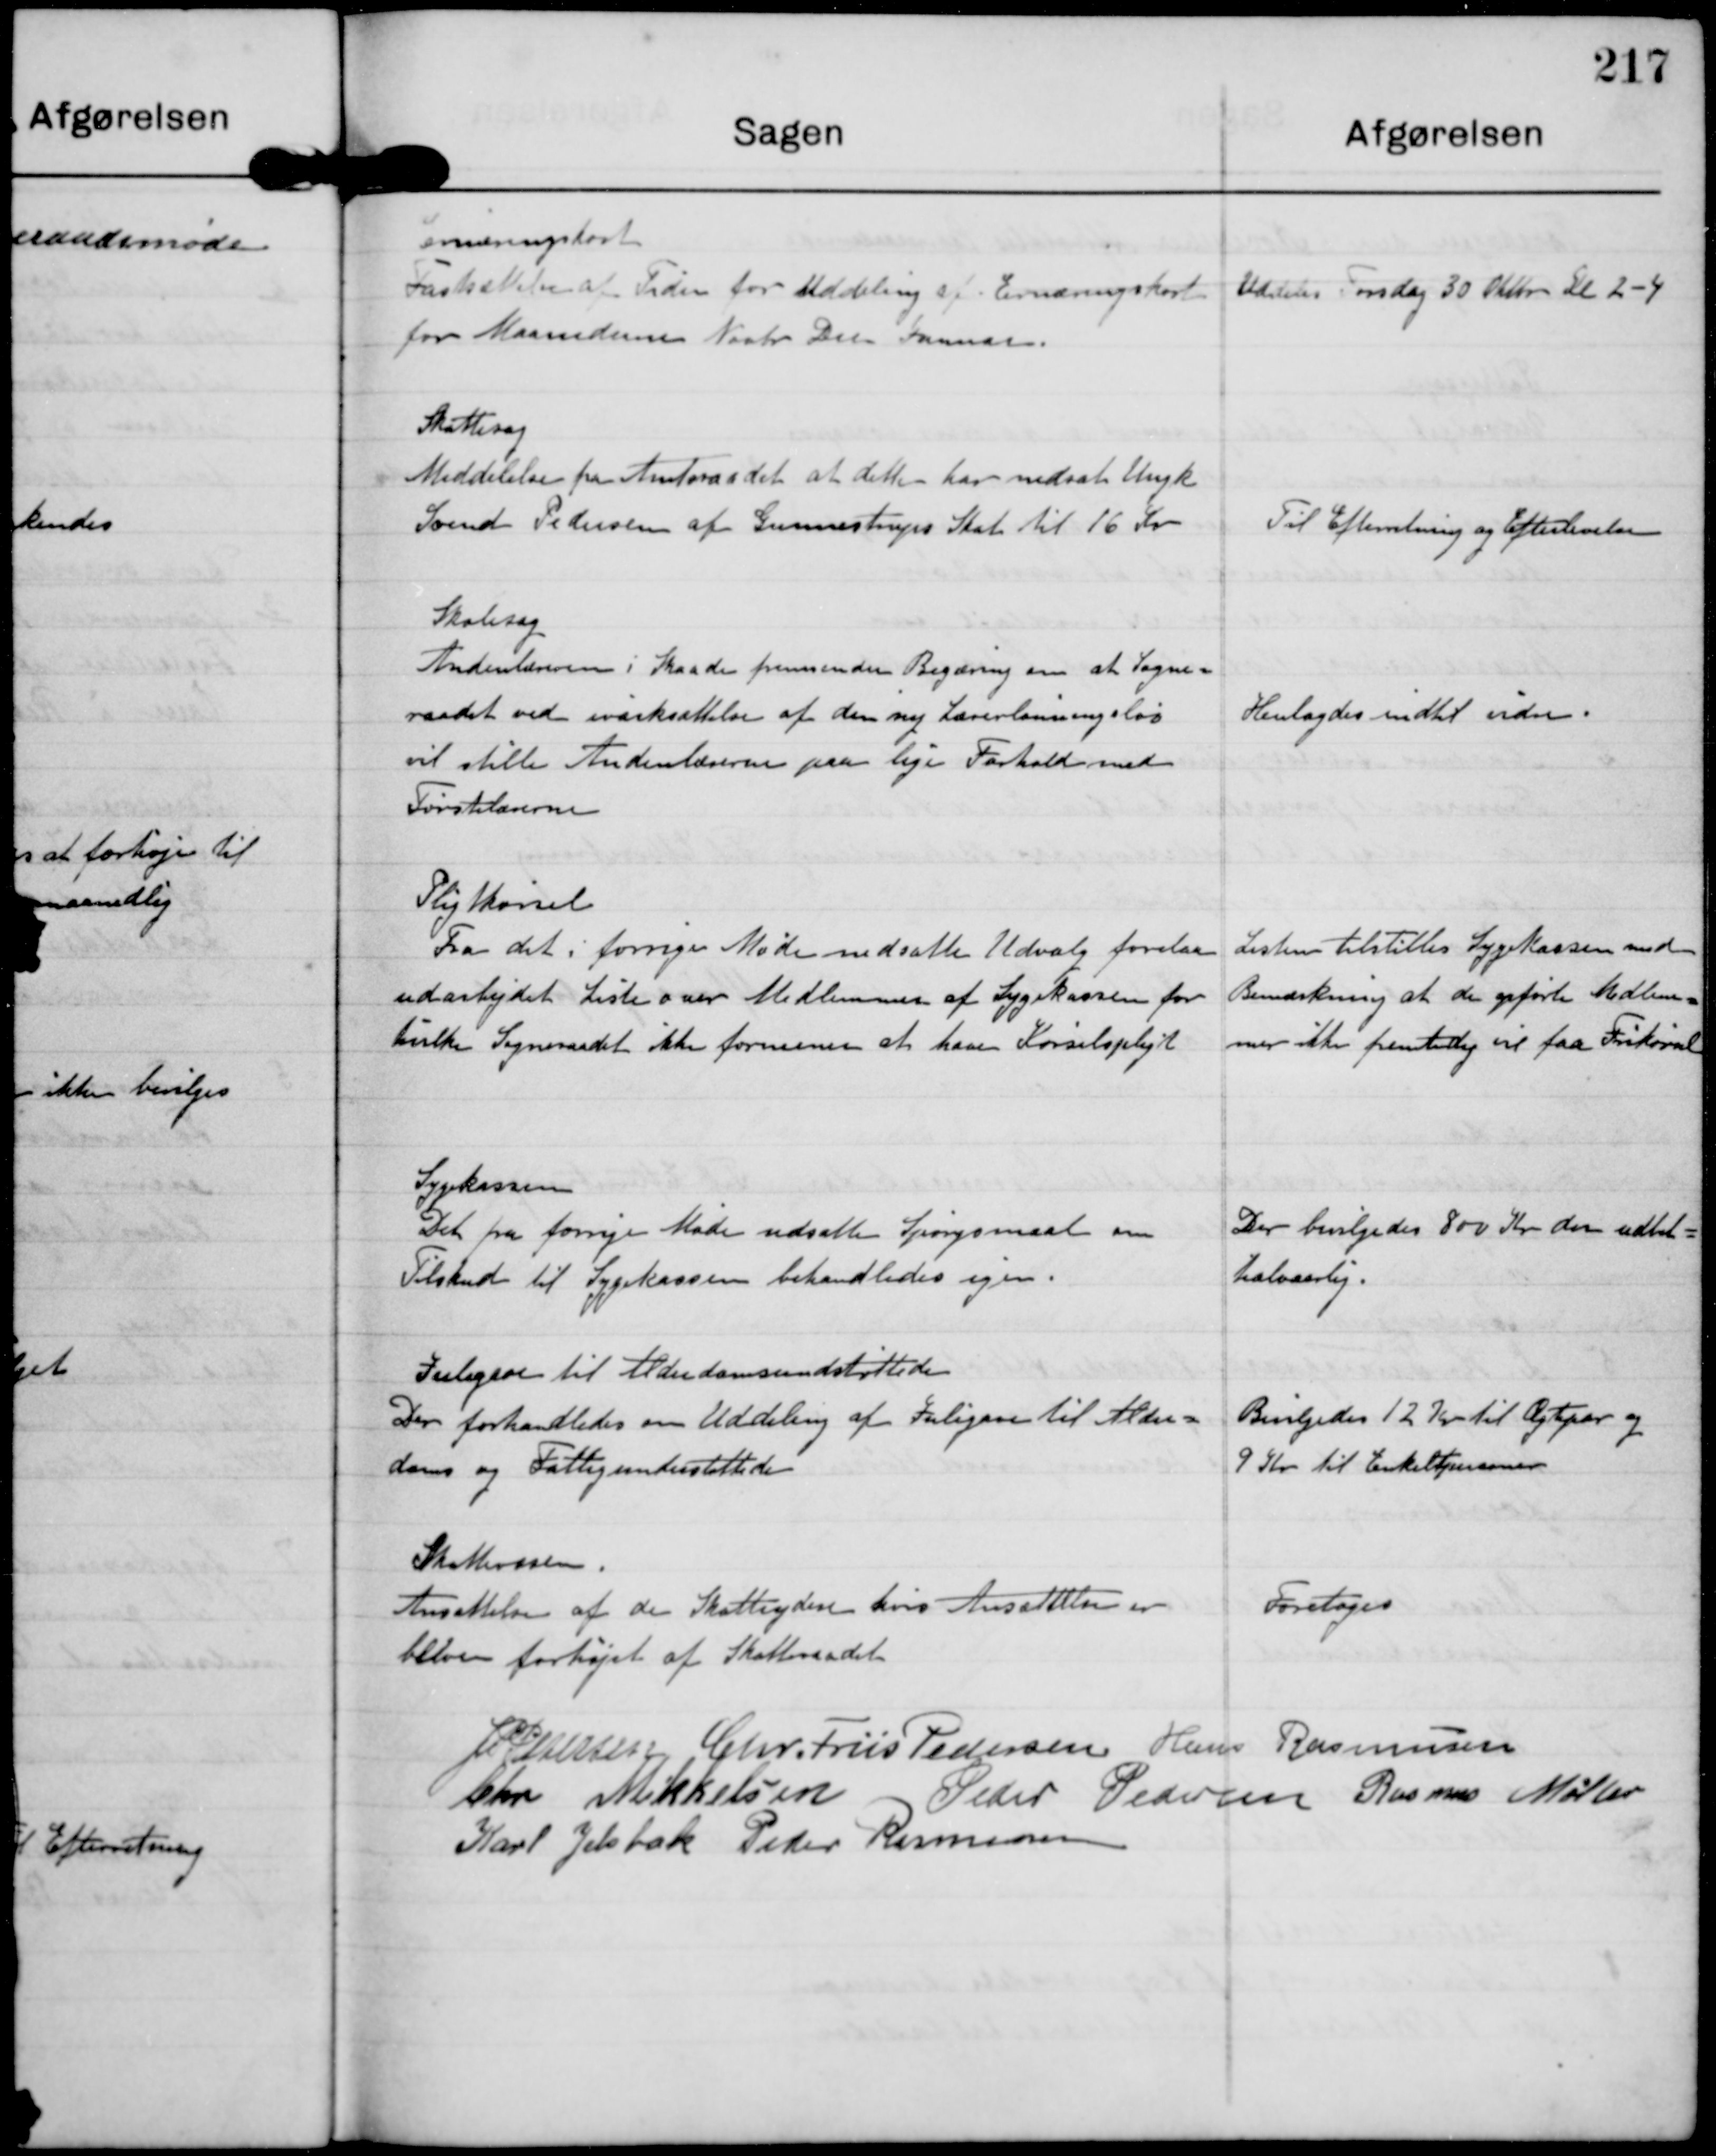
Transskription:
Ernæringskort
Fastsættelse af Tiden for Uddeling af Ernæringskort
for Maanederne Novbr. Des. Januar

Uddelels Torsdag 30 Oktober Kl 2-4

Skattesag
Meddelelse fra Amtsraadet at dette har nedsat Ungk
Svend Pedersen af Gunnestrups Skat til 16 Kr

Til Efterretning og Efterlevelse

Skolesag
Andenlæreren i Skaade fremsender Begæring om at Sogne-
raadet ved iværksættelse af den ny Lærerlønningslov
vil stille Andenlærerne paa lige Forhold med
Førstelærerne

Henlagdes indtil vidre

Pligtkørsel
Fra det i forrige Møde nedsatte Udvalg forelaa
udarbejdet Liste over Medlemmer af Sygekassen for
hvilke Sogneraadet ikke formener at have Kørselspligt.

Listen tilstilles Sygekassen med
Bemærkning at de opførte Medlem-
mer ikke fremtidig vil faa Frikørsel

Sygekassen
Det fra forrige Møde udsatte Spørgsmaal om
Tilskud til Sygekassen behandledes igen.

Der bevilgedes 800 Kr der udbet.
halvaarlig.

Julegave til Alderdomsundstøttede
Der forhandledes om Uddeling af Julegave til Alder-
doms og Fattigunderstøttede

Bevilgedes 12 Kr til Ægtepar og
9 Kr til Enkeltpersoner

Skattevæsen
Ansættelse af de Skatteydere hvis Ansættelse eer
bleven forhøjet af Skatteraadet

Foretoges

J P Pedersen

Chr. Friis Pedersen

Hans Rasmussen

Chr. Mikkelsen

Peder Pedersen

Rasmus Møller

Karl Jelsbak

Peder Rasmussen